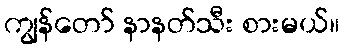
ကျွန်တော် နာနတ်သီး စားမယ်။